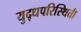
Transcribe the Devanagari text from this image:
युद्धपरिस्थिती